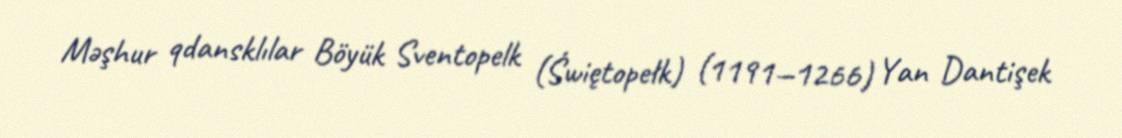
Məşhur qdansklılar Böyük Sventopelk (Świętopełk) (1191—1266) Yan Dantişek